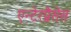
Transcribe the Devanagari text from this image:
एन्टेरप्रैसेस